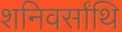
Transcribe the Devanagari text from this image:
शनिवर्सांथि